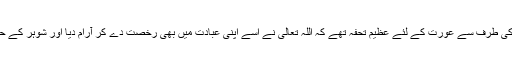
“ان ایام کے احکام تو اسلام کی طرف سے عورت کے لئے عظیم تحفہ تھے کہ اللہ تعالی نے اسے اپنی عبادت میں بھی رخصت دے کر آرام دیا اور شوہر کے حقوق سے بھی راحت بخشی۔